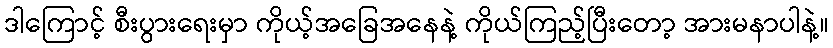
ဒါကြောင့် စီးပွားရေးမှာ ကိုယ့်အခြေအနေနဲ့ ကိုယ်ကြည့်ပြီးတော့ အားမနာပါနဲ့။